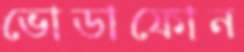
ভোডাফোন